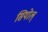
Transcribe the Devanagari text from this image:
सियोल्